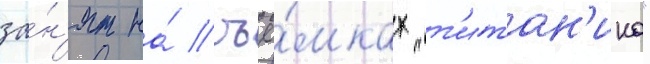
за́н'ят на́ съё́мках "т'итан'ика"